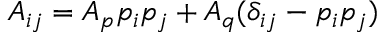
A _ { i j } = A _ { p } p _ { i } p _ { j } + A _ { q } ( \delta _ { i j } - p _ { i } p _ { j } )